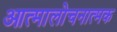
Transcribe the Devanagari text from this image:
आत्मालोचनात्मक